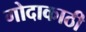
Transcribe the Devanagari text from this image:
गोदाकाठी